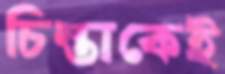
চিন্তাকেই